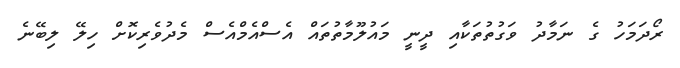
ރޯދަމަހު ގެ ނަމާދު ވަގުތުތަކާއި ދީނީ މައުލޫމާތުތައް އެސްއެމްއެސް މެދުވެރިކޮށް ހިލޭ ލިބޭނެ